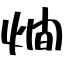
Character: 燗